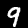
Label: 9